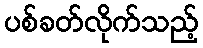
ပစ်ခတ်လိုက်သည့်